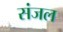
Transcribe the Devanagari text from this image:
संजल